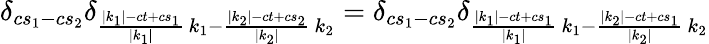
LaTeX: \delta_{cs_{1}-cs_{2}}\delta_{\frac{|k_{1}|-ct+cs_{1}}{|k_{1}|}\, k_{1}-\frac{|k_{2}|-ct+cs_{2}}{|k_{2}|}\, k_{2}}=\delta_{cs_{1}-cs_{2}}\delta_{\frac{|k_{1}|-ct+cs_{1}}{|k_{1}|}\, k_{1}-\frac{|k_{2}|-ct+cs_{1}}{|k_{2}|}\, k_{2}}